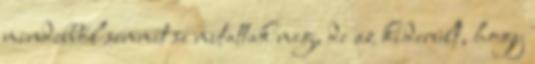
mindebből semmit se mutattak meg, de az kiderült, hogy